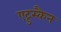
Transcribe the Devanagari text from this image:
एट्रुस्कैन